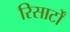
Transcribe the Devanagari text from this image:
रिसार्टों